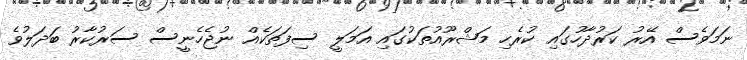
ނަމަވެސް އޭރު ކަރުދާހުގައި ކުރެހި މަޝްރޫއުތަކުގައި އަމަލީ ސިފަތަކެއް ނުޖެހެނީސް ސަރުކާރު ބަދަލުވެ